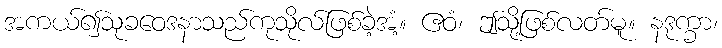
အကယ်၍သုခဝေဒနာသည်ကုသိုလ်ဖြစ်ခဲ့အံ့။ ဧဝံ၊ ဤသို့ဖြစ်လတ်မူ။ နဒုက္ခာ၊